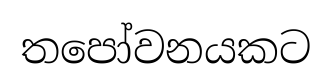
තපෝවනයකට